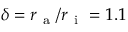
\delta = r _ { \mathrm { ~ a ~ } } / r _ { \mathrm { ~ i ~ } } = 1 . 1